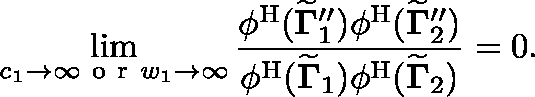
\operatorname* { l i m } _ { c _ { 1 } \to \infty \mathrm { ~ o ~ r ~ } w _ { 1 } \to \infty } \frac { \phi ^ { \mathrm { H } } ( { \widetilde { \mathbf { \Gamma } } } _ { 1 } ^ { \prime \prime } ) \phi ^ { \mathrm { H } } ( { \widetilde { \mathbf { \Gamma } } } _ { 2 } ^ { \prime \prime } ) } { \phi ^ { \mathrm { H } } ( { \widetilde { \mathbf { \Gamma } } } _ { 1 } ) \phi ^ { \mathrm { H } } ( { \widetilde { \mathbf { \Gamma } } } _ { 2 } ) } = 0 .